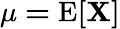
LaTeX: \mathbf{\mu=\operatorname{E}[X]}